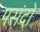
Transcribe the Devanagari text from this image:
पसंदों